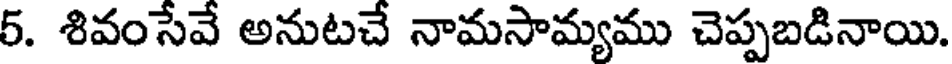
5. శివంసేవే అనుటచే నామసామ్యము చెప్పబడినాయి.